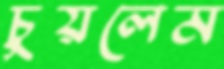
চুয়লেম